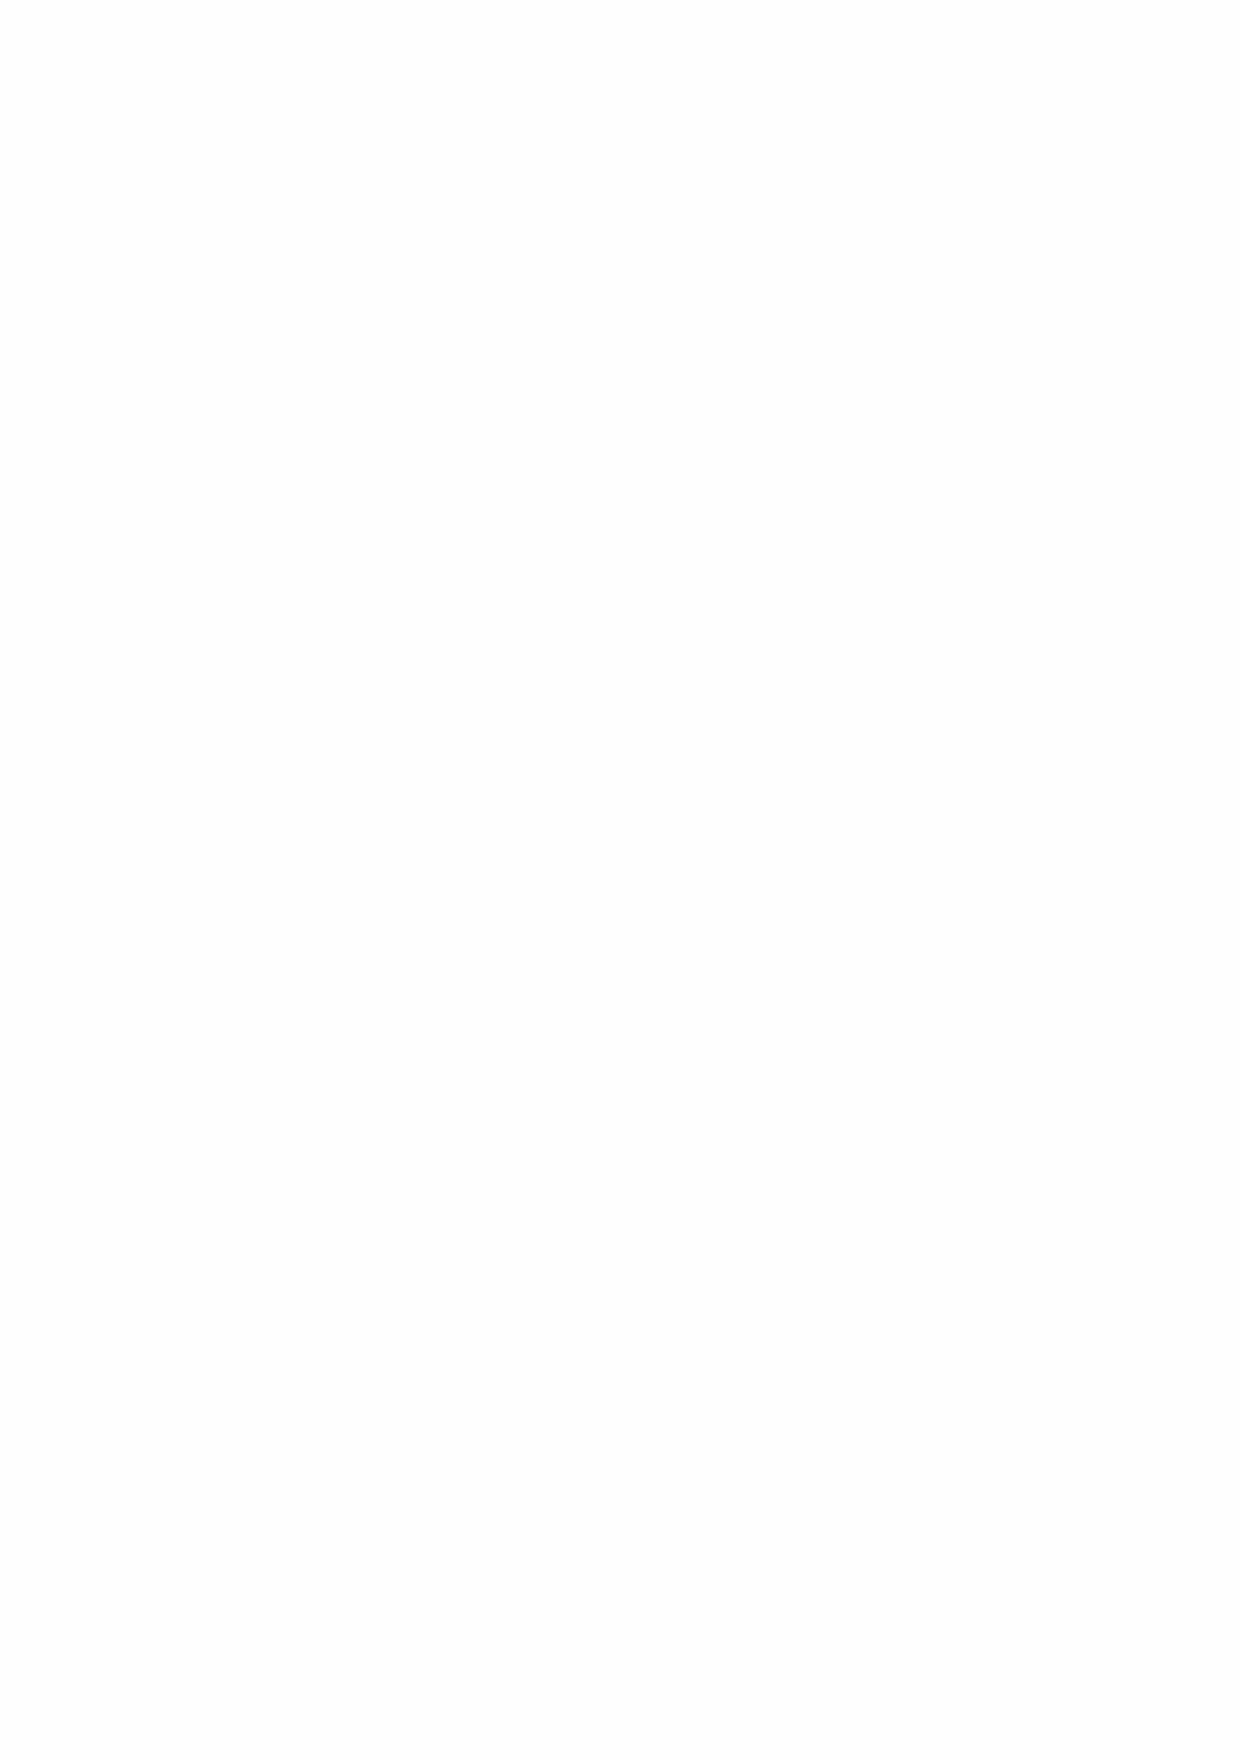
2020      12
 برمسيد  ددعلا - سمالخا ماعلا - ةنراقلما تاساردلا ليج ةلمج - يملعلا ثحبلا ليج زكرم
 121
 1
 2
 1